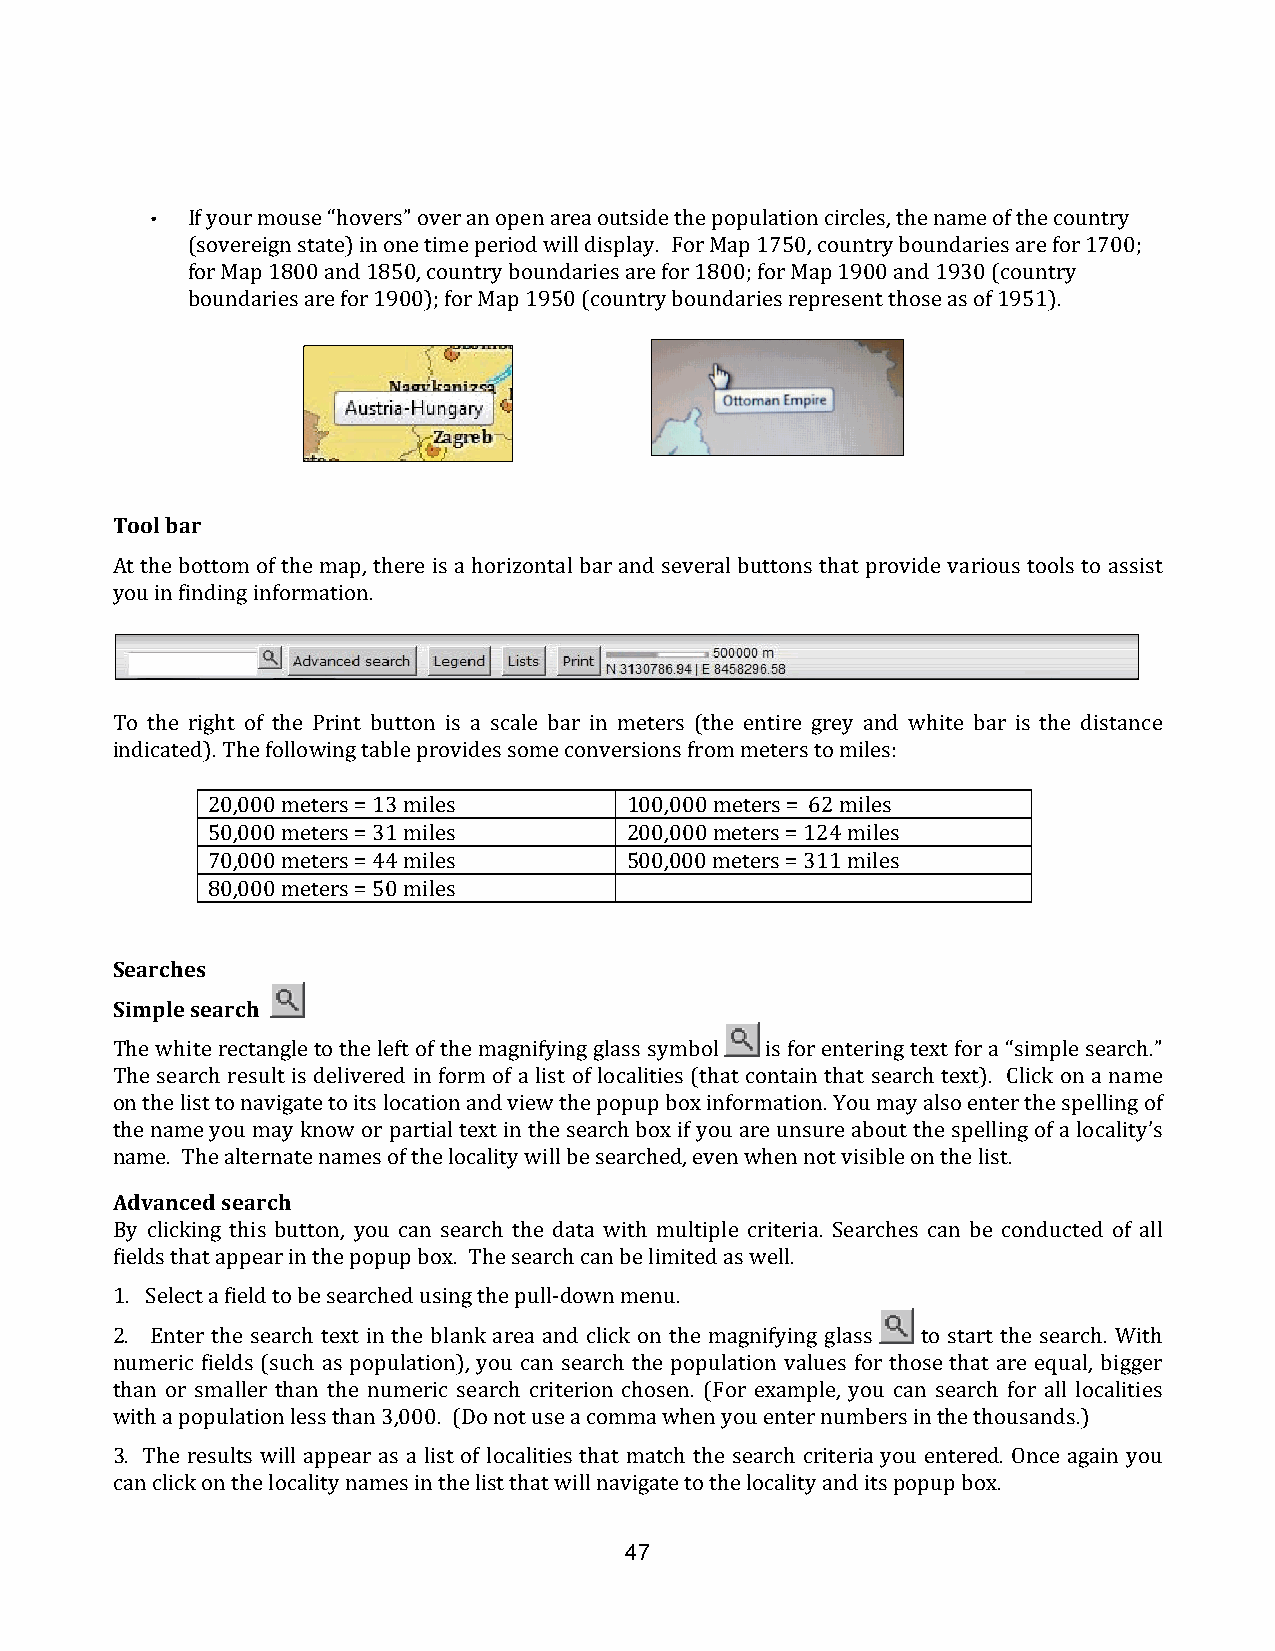
• If your mouse “hovers” over an open area outside the population circles, the name of the country
 (sovereign state) in one time period will display. For Map 1750, country boundaries are for 1700;
 for Map 1800 and 1850, country boundaries are for 1800; for Map 1900 and 1930 (country
 boundaries are for 1900); for Map 1950 (country boundaries represent those as of 1951).
 Tool bar
 At the bottom of the map, there is a horizontal bar and several buttons that provide various tools to assist
 you in finding information.
 To the right of the Print button is a scale bar in meters (the entire grey and white bar is the distance
 indicated). The following table provides some conversions from meters to miles:
 20,000 meters = 13 miles   100,000 meters = 62 miles
 50,000 meters = 31 miles   200,000 meters = 124 miles
 70,000 meters = 44 miles   500,000 meters = 311 miles
 80,000 meters = 50 miles
 Searches
 Simple search
 The white rectangle to the left of the magnifying glass symbol is for entering text for a “simple search.”
 The search result is delivered in form of a list of localities (that contain that search text). Click on a name
 on the list to navigate to its location and view the popup box information. You may also enter the spelling of
 the name you may know or partial text in the search box if you are unsure about the spelling of a locality’s
 name. The alternate names of the locality will be searched, even when not visible on the list.
 Advanced search
 By clicking this button, you can search the data with multiple criteria. Searches can be conducted of all
 fields that appear in the popup box. The search can be limited as well.
 1. Select a field to be searched using the pull-­‐down menu.
 2. Enter the search text in the blank area and click on the magnifying glass to start the search. With
 numeric fields (such as population), you can search the population values for those that are equal, bigger
 than or smaller than the numeric search criterion chosen. (For example, you can search for all localities
 with a population less than 3,000. (Do not use a comma when you enter numbers in the thousands.)
 3. The results will appear as a list of localities that match the search criteria you entered. Once again you
 can click on the locality names in the list that will navigate to the locality and its popup box.
 47